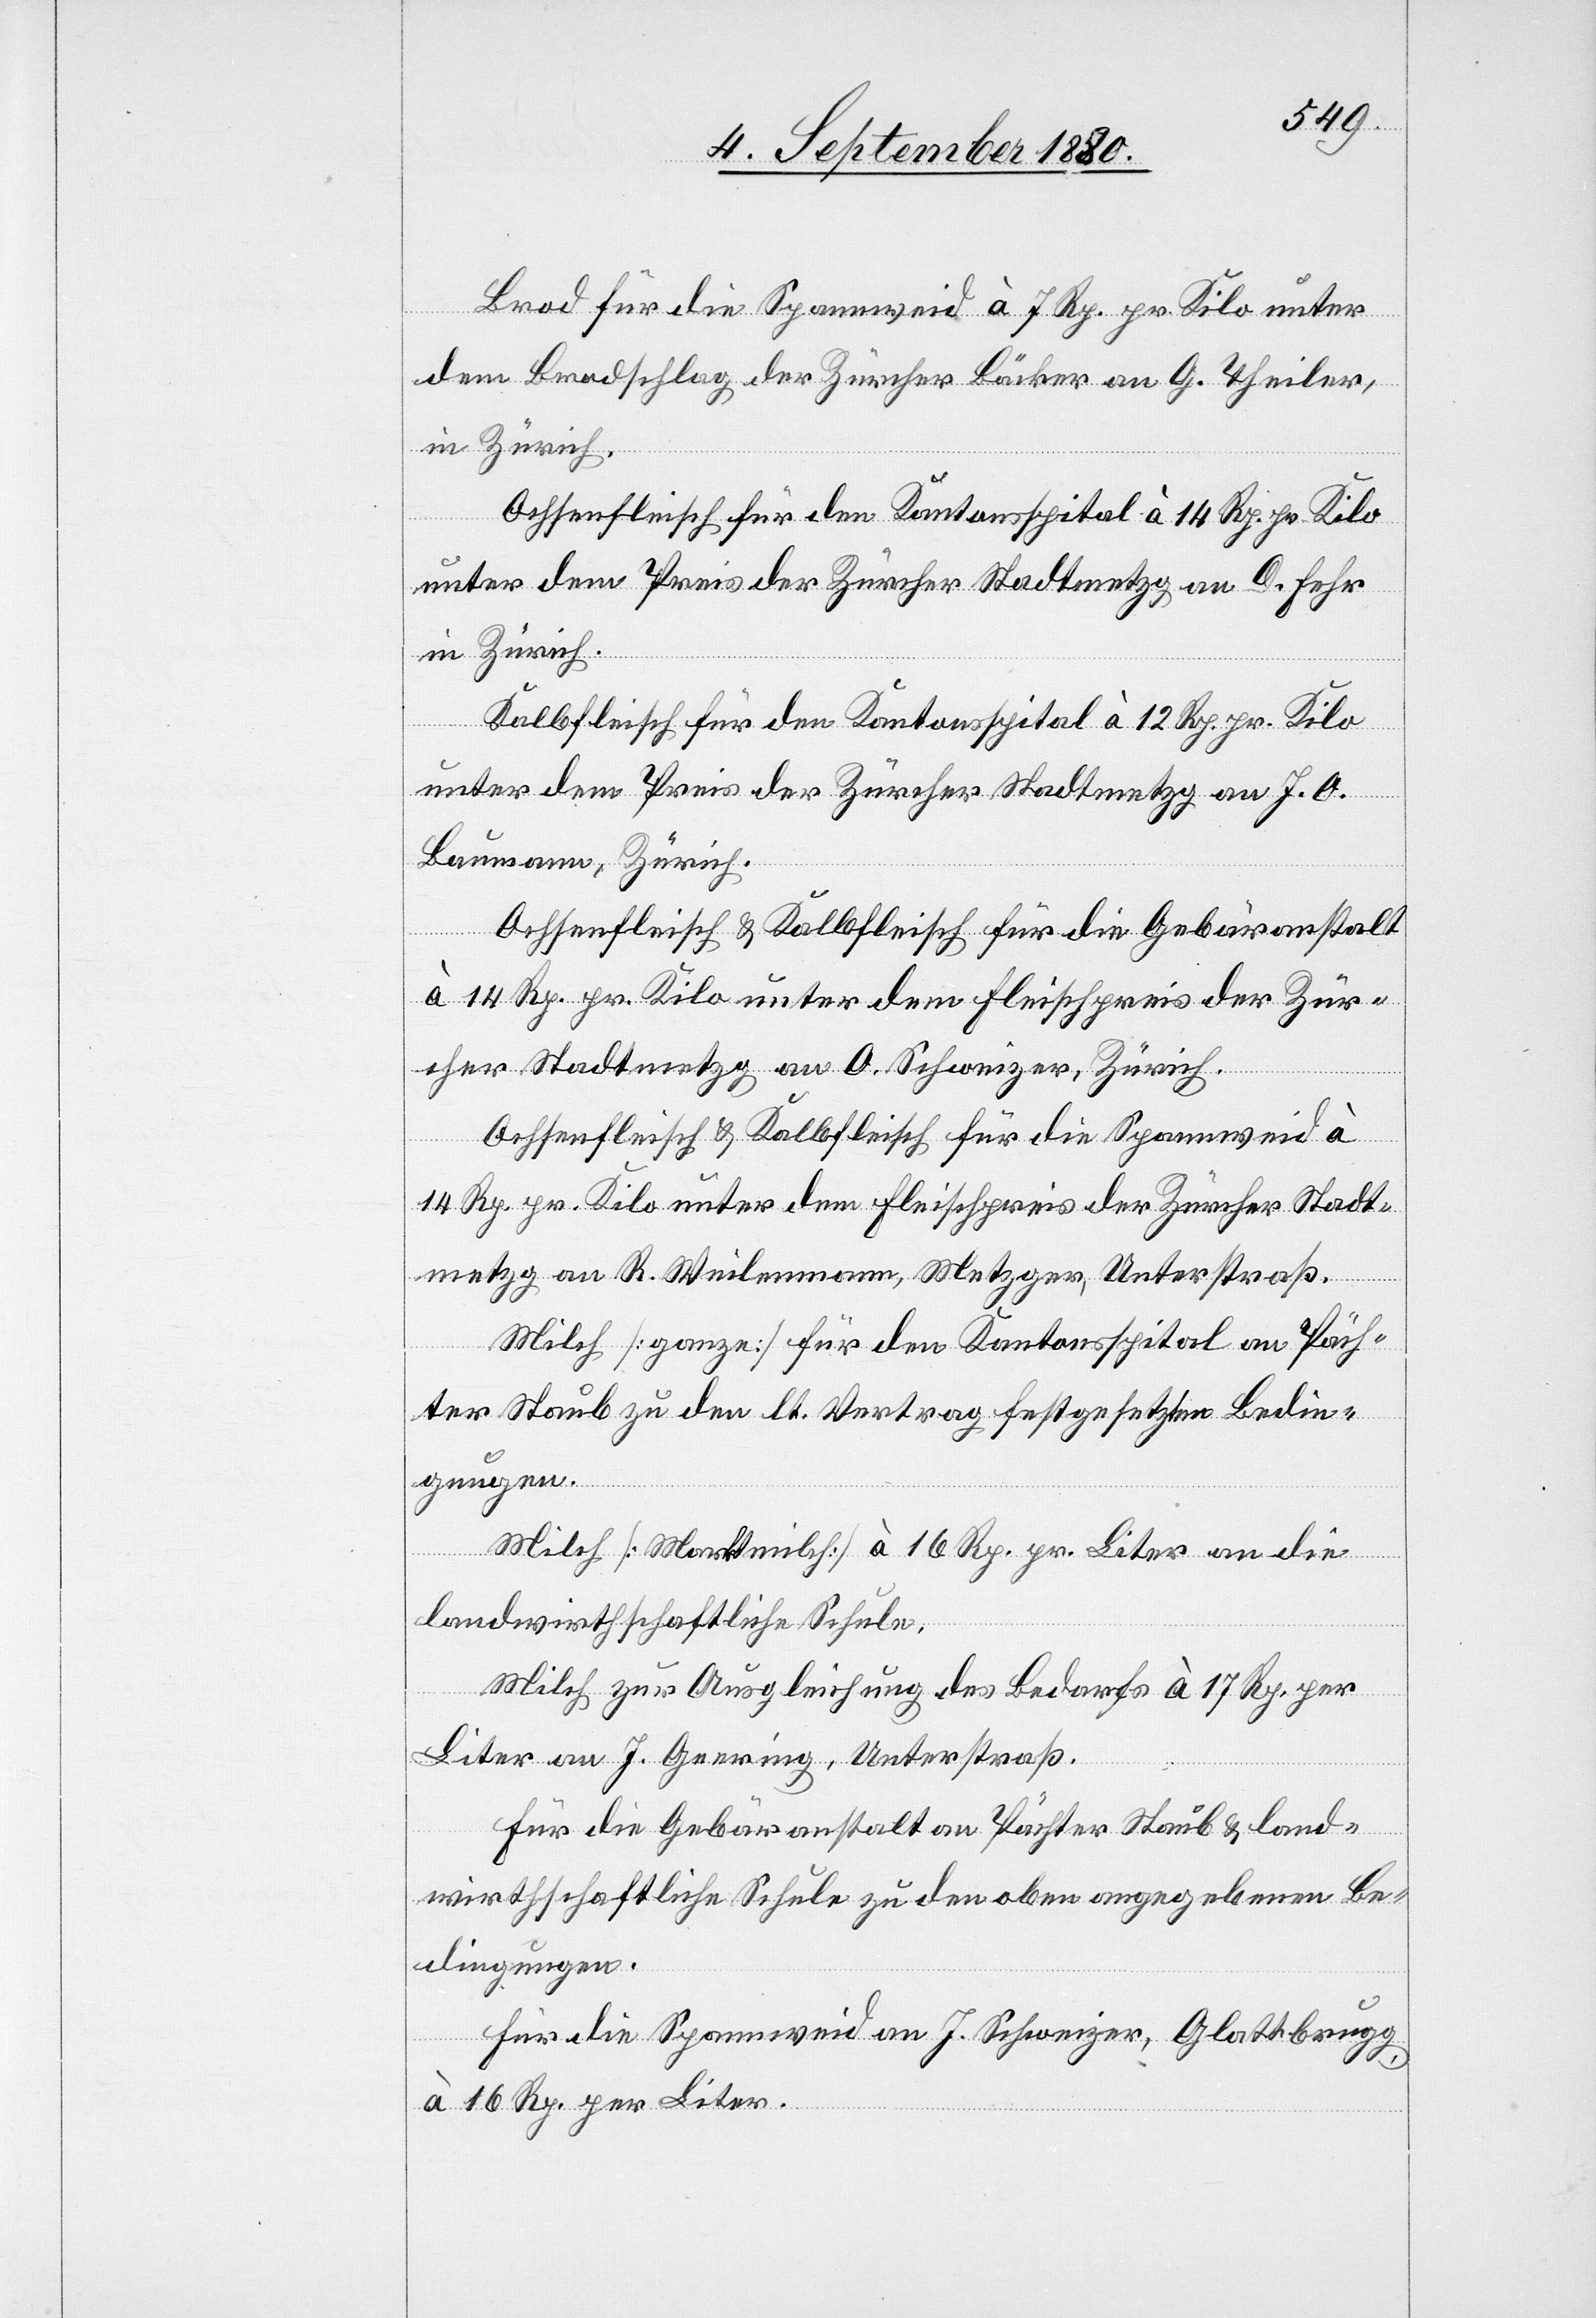
Brod für die Spannweid à 7 Rp. pr. Kilo unter
dem Brodschlag der Zürcher Bäcker an G. Theiler,
in Zürich.
Ochsenfleisch für den Kantonsspital à 14 Rp. pr. Kilo
unter dem Preis der Zürcher Stadtmetzg an D. Fehr
in Zürich.
Kalbfleisch für den Kantonspital à 12 Rp. pr. Kilo
unter dem Preis der Zürcher Stadtmetzg an J. O.
Baumann, Zürich.
Ochsenfleisch & Kalbfleisch für die Gebäranstalt
à 14 Rp. pr. Kilo unter dem Fleischpreis der Zür¬
cher Stadtmetzg an O. Schweizer, Zürich.
Ochsenfleisch & Kalbfleisch für die Spannweid à
14 Rp. pr. Kilo unter dem Fleischpreis der Zürcher Stadt¬
metzg an R. Weilenmann, Metzger, Unterstraß.
Milch [ganze] für den Kantonsspital an Päch¬
ter Staub zu den lt. Vertrag festgesetzten Bedin¬
gungen.
Milch [Marktmilch] à 16 Rp. pr. Liter an die
landwirthschaftliche Schule.
Milch zur Ausgleichung des Bedarfs à 17 Rp. per
Liter an J. Geering, Unterstraß.
Für die Gebäranstalt an Pächter Staub & land¬
wirthschaftliche Schule zu den oben angegebenen Be¬
dingungen.
Für die Spannweid an J. Schweizer, Glattbrugg
à 16 Rp. per Liter.